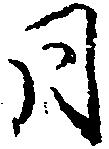
同